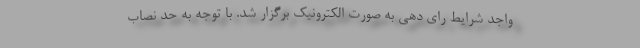
واجد شرایط رای دهی به صورت الکترونیک برگزار شد. با توجه به حد نصاب